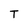
Character: T